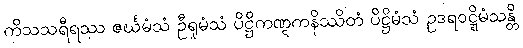
ကိသသရီရဿ ဇင်္ဃမံသံ ဦရုမံသံ ပိဋ္ဌိကဏ္ဋကနိဿိတံ ပိဋ္ဌိမံသံ ဥဒရဝဋ္ဋိမံသန္တိ